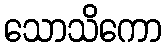
သောသိကော